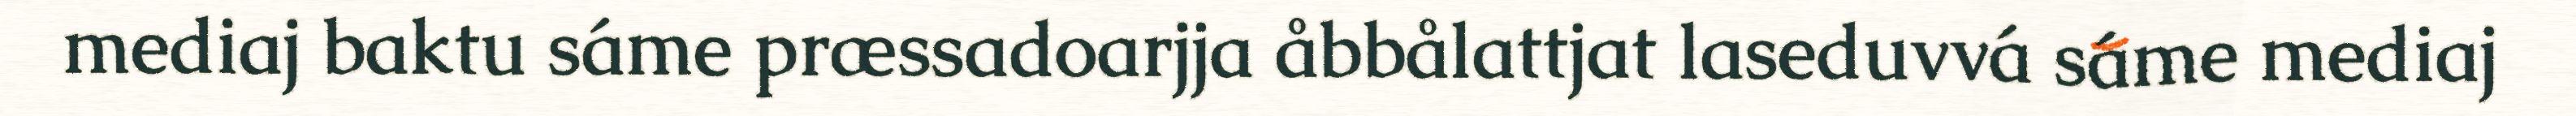
mediaj baktu sáme præssadoarjja åbbålattjat laseduvvá sáme mediaj